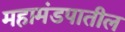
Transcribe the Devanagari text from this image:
महामंडपातील